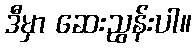
ဒီမှာ ဆေးညွန်းပါ။